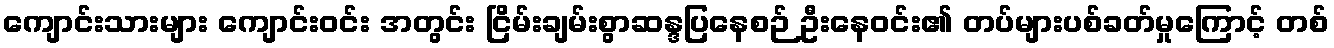
ကျောင်းသားများ ကျောင်းဝင်း အတွင်း ငြိမ်းချမ်းစွာဆန္ဒပြနေစဉ် ဦးနေဝင်း၏ တပ်များပစ်ခတ်မှုကြောင့် တစ်